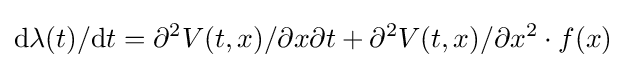
\mathrm {d} \lambda (t)/\mathrm {d} t=\partial ^{2}V(t,x)/\partial x\partial t+\partial ^{2}V(t,x)/\partial x^{2}\cdot f(x)